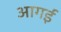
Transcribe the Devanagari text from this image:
आगईं